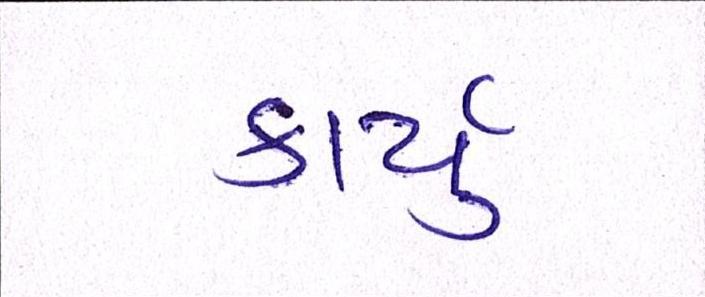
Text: કાર્યું